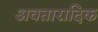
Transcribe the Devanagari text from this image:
अवतारादिक